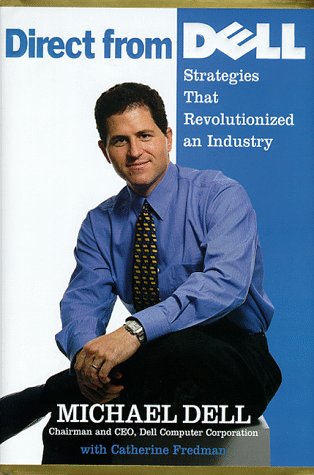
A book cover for Direct From Dell: Strategies That Revolutionized an Industry; Michael Dell; Engineering & Transportation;